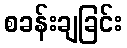
စခန်းချခြင်း